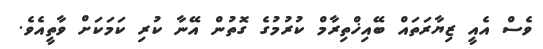
ވެސް އެއީ ޒިޔާރަތައް ބޭއިޚްތިރާމް ކުރުމުގެ ގޮތުން އޭނާ ކުރި ކަމަކަށް ވާތީއެވެ.